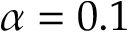
\alpha = 0 . 1